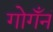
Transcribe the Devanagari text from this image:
गोगँनं